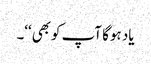
یاد ہوگا آپ کوبھی‘‘۔